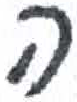
אות: ה